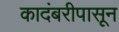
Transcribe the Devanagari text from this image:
कादंबरीपासून